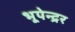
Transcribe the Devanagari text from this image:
भूपेन्‍द्रर